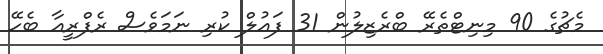
މެޗުގެ 90 މިނިޓްތެރޭ ބްރެޒިލުން 31 ފައުލް ކުރި ނަމަވެސް ރެފްރީއާ ބެހޭ